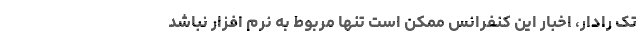
تِک رادار، اخبار این کنفرانس ممکن است تنها مربوط به نرم افزار نباشد